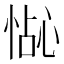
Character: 𪬍